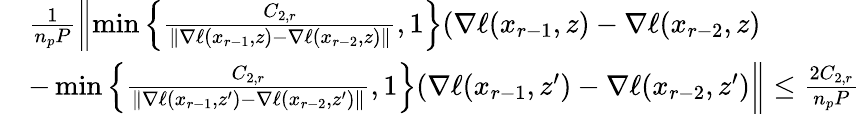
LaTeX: \begin{array}{rl}&{\frac{1}{n_{p}P}\left\| \operatorname*{min}\left\{ \frac{C_{2,r}}{\| \nabla\ell(x_{r-1},z)-\nabla\ell(x_{r-2},z)\| },1\right\} (\nabla\ell(x_{r-1},z)-\nabla\ell(x_{r-2},z)\right.}\\ &{-\left.\operatorname*{min}\left\{ \frac{C_{2,r}}{\| \nabla\ell(x_{r-1},z^{\prime})-\nabla\ell(x_{r-2},z^{\prime})\| },1\right\} (\nabla\ell(x_{r-1},z^{\prime})-\nabla\ell(x_{r-2},z^{\prime})\right\| \leq\frac{2C_{2,r}}{n_{p}P}}\end{array}